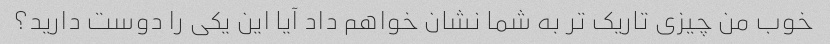
خوب من چیزی تاریک تر به شما نشان خواهم داد آیا این یکی را دوست دارید؟